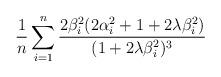
LaTeX: \begin{align*}\frac{1}{n}\sum_{i=1}^n \frac{2\beta_i^2(2\alpha_i^2 + 1 + 2\lambda\beta_i^2)}{(1 + 2\lambda\beta_i^2)^3} \end{align*}